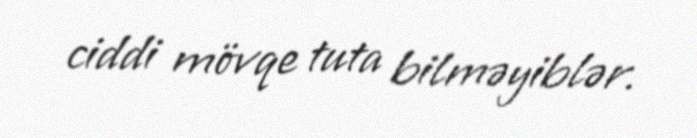
ciddi mövqe tuta bilməyiblər.